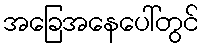
အခြေအနေပေါ်တွင်